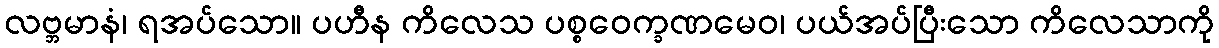
လဗ္ဘမာနံ၊ ရအပ်သော။ ပဟီန ကိလေသ ပစ္စဝေက္ခဏမေဝ၊ ပယ်အပ်ပြီးသော ကိလေသာကို